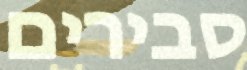
סבירים